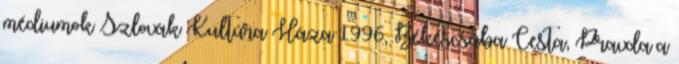
médiumok Szlovák Kultúra Háza 1996, Békéscsaba Cesta, Pravda a